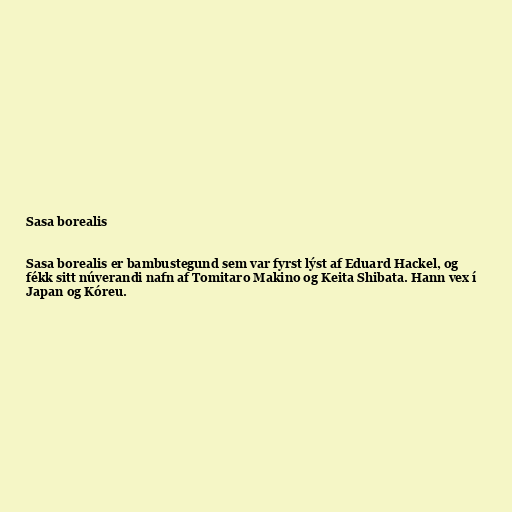
Sasa borealis

Sasa borealis er bambustegund sem var fyrst lýst af Eduard Hackel, og
fékk sitt núverandi nafn af Tomitaro Makino og Keita Shibata. Hann vex í
Japan og Kóreu.